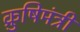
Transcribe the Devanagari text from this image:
क्रुषिमंत्री